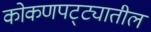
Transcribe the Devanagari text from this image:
कोकणपट्ट्यातील